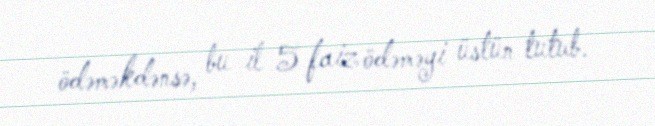
ödəməkdənsə, bu il 5 faiz ödəməyi üstün tutub.